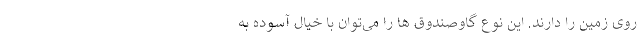
روی زمین را دارند. این نوع گاوصندوق­ ها را می­توان با خیال آسوده به